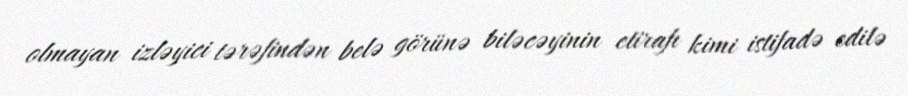
olmayan izləyici tərəfindən belə görünə biləcəyinin etirafı kimi istifadə edilə